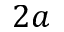
2 a